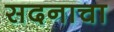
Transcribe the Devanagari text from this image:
सदनाचा